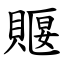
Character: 䞁